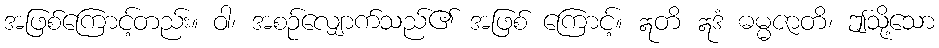
အဖြစ်ကြောင့်တည်း။ ဝါ၊ အစဉ်လျှောက်သည်၏ အဖြစ် ကြောင့်။ ဣတိ ဣဒံ ဓမ္မဇာတိ၊ ဤသို့သော